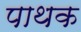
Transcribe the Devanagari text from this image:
पाथक